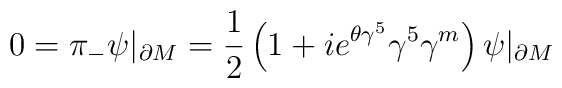
0=\pi_{-}\psi |_{\partial M}={1\over 2}\left(1+i e^{\theta \gamma^{5}}\gamma^{5}\gamma^{m} \right) \psi |_{\partial M}